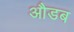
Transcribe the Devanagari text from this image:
औडब